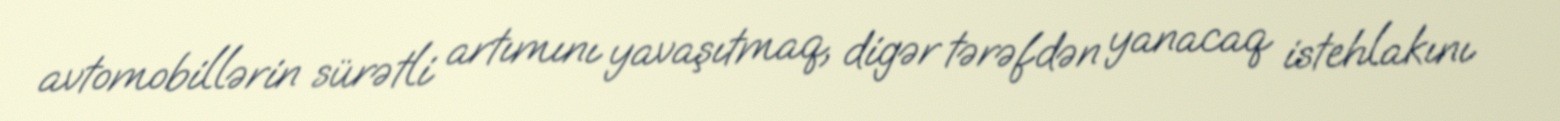
avtomobillərin sürətli artımını yavaşıtmaq, digər tərəfdən yanacaq istehlakını